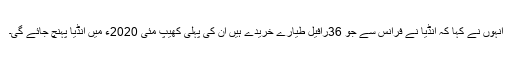
انہوں نے کہا کہ انڈیا نے فرانس سے جو 36رافیل طیارے خریدے ہیں ان کی پہلی کھیپ مئی 2020ء میں انڈیا پہنچ جائے گی۔